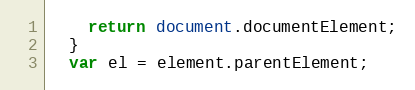
Language: JavaScript
    return document.documentElement;
  }
  var el = element.parentElement;